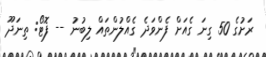
ރަށުގެ 50 ގިނަ ގެއަށް ފެންވަދެ ގެއްލުންތައް ލިބުނު -- ފޮޓޯ: ތިނަދޫ